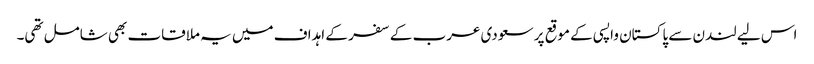
اس لیے لندن سے پاکستان واپسی کے موقع پر سعودی عرب کے سفر کے اہداف میں یہ ملاقات بھی شامل تھی۔